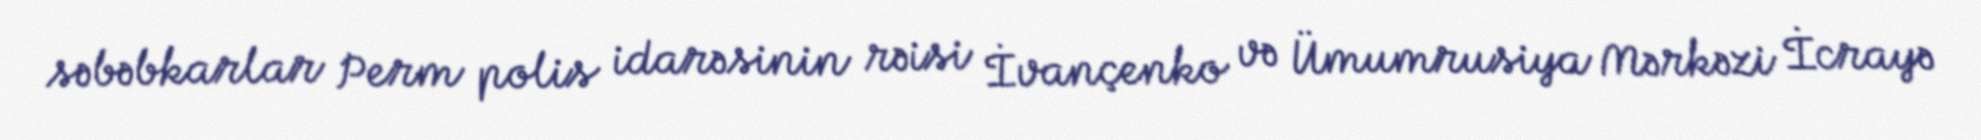
səbəbkarlar Perm polis idarəsinin rəisi İvançenko və Ümumrusiya Mərkəzi İcrayə